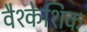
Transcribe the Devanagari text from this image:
वैश्केशिक